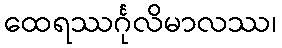
ထေရဿင်္ဂုလိမာလဿ၊